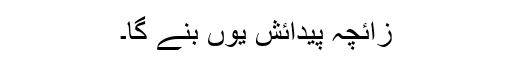
زائچہ پیدائش یوں بنے گا۔